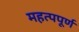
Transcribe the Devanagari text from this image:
महत्‍पपूर्ण